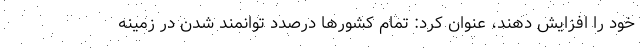
خود را افزایش دهند، عنوان کرد: تمام کشورها درصدد توانمند شدن در زمینه